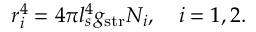
r _ { i } ^ { 4 } = 4 \pi l _ { s } ^ { 4 } g _ { \mathrm { s t r } } N _ { i } , \quad i = 1 , 2 .